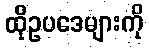
ထိုဥပဒေများကို